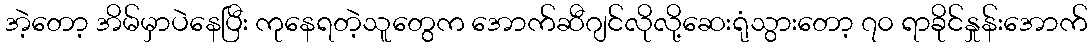
အဲ့တော့ အိမ်မှာပဲနေပြီး ကုနေရတဲ့သူတွေက အောက်ဆီဂျင်လိုလို့ဆေးရုံသွားတော့ ၇၀ ရာခိုင်နှုန်းအောက်